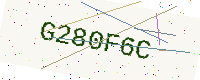
Text: G280F6C